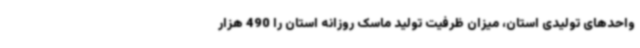
واحدهای تولیدی استان، میزان ظرفیت تولید ماسک روزانه استان را 490 هزار